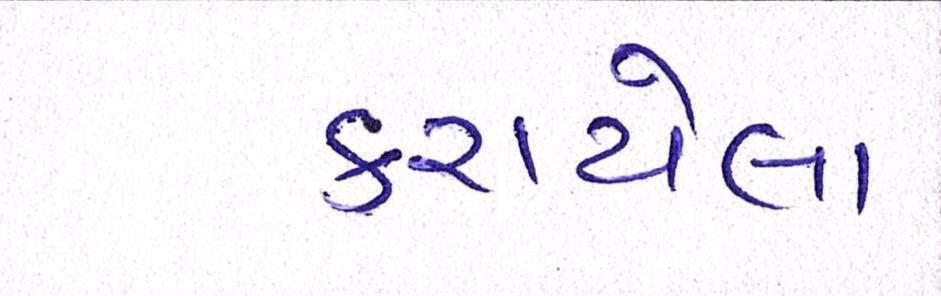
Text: કરાયેલા